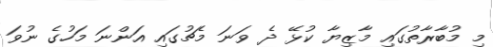
މި މުބާރާތުގައި މާޒިޔާ ކުޅޭ ދެ ވަނަ މެޗުގައި އަންނަ މަހުގެ ނުވަ